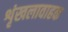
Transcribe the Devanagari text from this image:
शृंखलावाहक